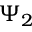
\Psi _ { 2 }